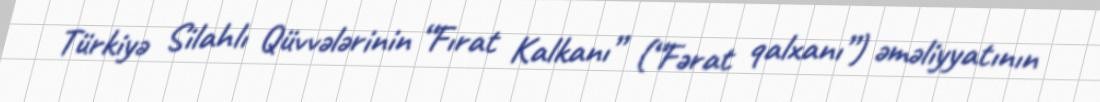
Türkiyə Silahlı Qüvvələrinin “Fırat Kalkanı” (“Fərat qalxanı”) əməliyyatının